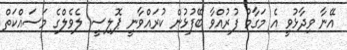
އޭނާ ވިދާޅުވީ އެ މަގާމު ފުރުއްވާ ބޭފުޅުން ކުރައްވާނީ ޕޮލިސީ ލެވެލްގެ މަސައްކަތް